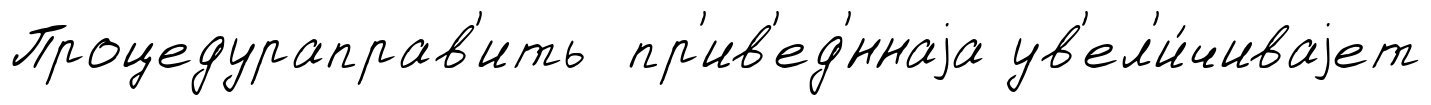
Процедураправ'ить пр'ив'ед'́ннаjа ув'ел'и́чиваjет